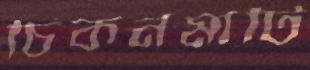
চিকনমাটি